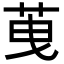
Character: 䒶